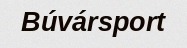
Búvársport